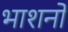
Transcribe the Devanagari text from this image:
भाशनो